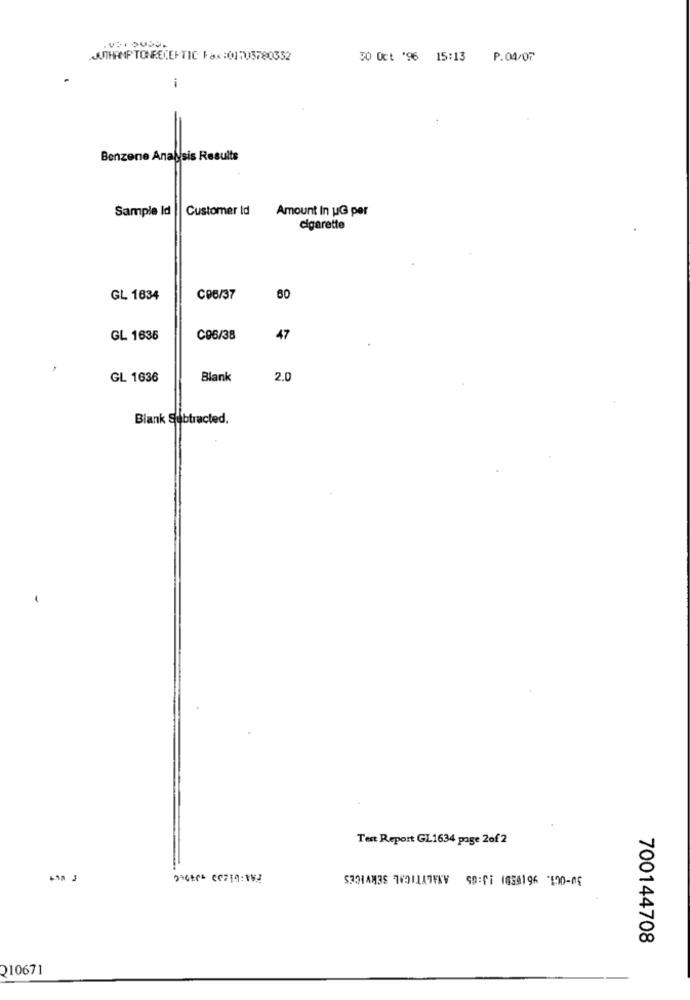
.JUTHAMPTONRECEPTIC Fax :01705780352
50 Oct '96 15:13
P.04/07
i
Benzene Analysis Results
Sample Id
Customer Id
Amount In UG per
cigarette
GL 1634
C96/37
60
GL 1636
C96/38
47
GL 1636
Blank
2.0
Blank Subtracted.
Test Report GL1634 page 2of 2
30-001. 96 (VEDI !J:65 ANALYTICAL SERVICES
700144708
210671